Madras plague regulations in force outside the Presidency town - Volume 2
Disease focus: Plague
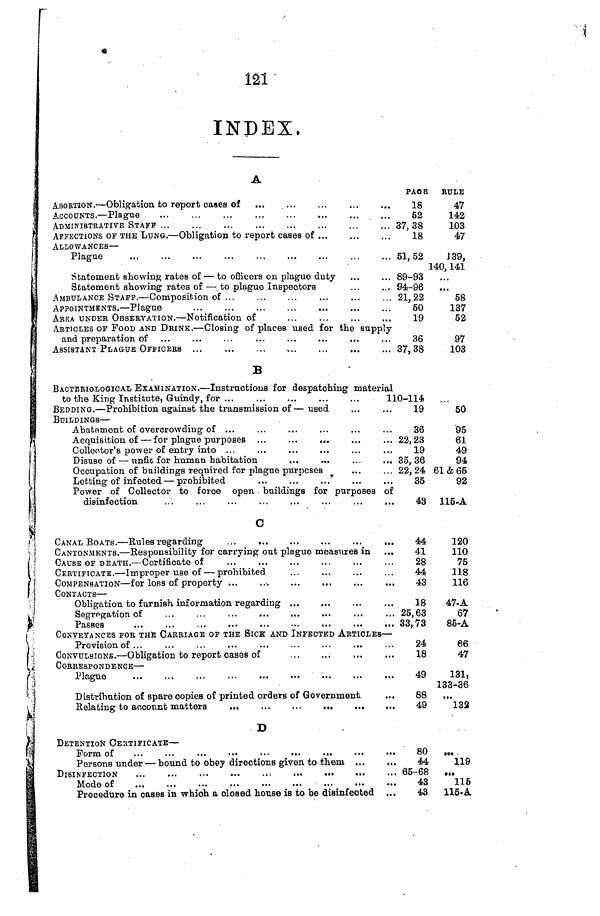
l2l
INDEX,
A
ABORTION. — Obligation to report cases of
ACCOUNTS. — Plague
ADMINISTRATIVE STAFF ...
AFFECTIONS OF THE LUNG. — Obligation to report cases of ...
ALLOWANCES —
Plague
Statement showing rates of — to officers on plague duty
Statement showing rates of — to plague Inspectors
AMBULANCE STAFF. — Composition of
APPOINTMENTS. — Plague
ABEA UNDER OBSERVATION.— Notification of
ARTICLES OF FOOD AND DRINK. — Closing of places used for the
and preparation of
ASSISTANT PLAGUE OFFICERS ...
PAGE
18
52
... 37,38
18
... 51,52
... 89-93
... 94-96
... 21,22
50
19
supply
36
... 37,38
RULE
47
142
103
47
139,
140, 141
• ••
58
137
52
97
103
B
BACTERIOLOGICAL EXAMINATION. — Instructions for despatching material
to the King Institute, Guindy, for ...
BEDDING. — Prohibition against the transmission of — used
BUILDINGS —
Abatement of overcrowding of ...
Acquisition of — for plague purposes
Collector's power of entry into ...
Disuse of — unfit for human habitation
Occupation of buildings required for plague purposes
Letting of infected — prohibited
...
...
...
Power of Collector to force open buildings for purposes
disinfection
ial
110-ll4
19
36
... 22,23
19
... 35,36
... 22,24
35
of
48
50
95
61
49
94
61&65
92
116-A
c
CANAL BOATS. — Rules regarding
CANTONMENTS. — Responsibility for carrying out plague measures in
CAUSE OF DEATH. — Certificate of
CERTIFICATE. — Improper use of — prohibited
COMPENSATION — for loss of property ...
CONTACTS —
Obligation to furnish information regarding ...
...
...
Segregation of
Passes
...
...
...
...
...
..
...
...
...
CONVEYANCES FOE THE CARRIAGE OF THE SICK AND INFECTED ARTICLES —
Provision of ...
...
...
...
...
...
...
...
CONVULSIONS. — Obligation to report oases of
CORRESPONDENCE —
Plague
...
...
...
...
...
...
...
...
,,.
Distribution of spare copies of printed orders of Government
44
41
28
44
43
18
25,63
33,73
24
18
49
88
49
120
110
75
118
116
47-A
67
85-A
66
47
131
133-36
• ••
132
D
DETENTION CERTIFICATE —
Form of
...
...
...
•••
...
...
..
Persons under — bound to obey directions given to them ...
DISINFECTION
,
Mode of
Procedure in oases in which a closed house is to be disinfected
80
44
... 65-68
43
43
••• •
119
115
115-A